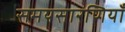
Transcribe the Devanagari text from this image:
समयसारणियाँ